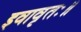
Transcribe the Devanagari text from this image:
इवावृतः॥